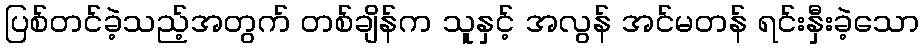
ပြစ်တင်ခဲ့သည့်အတွက် တစ်ချိန်က သူနှင့် အလွန် အင်မတန် ရင်းနှီးခဲ့သော